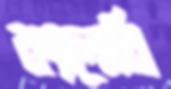
ক্যালোরি